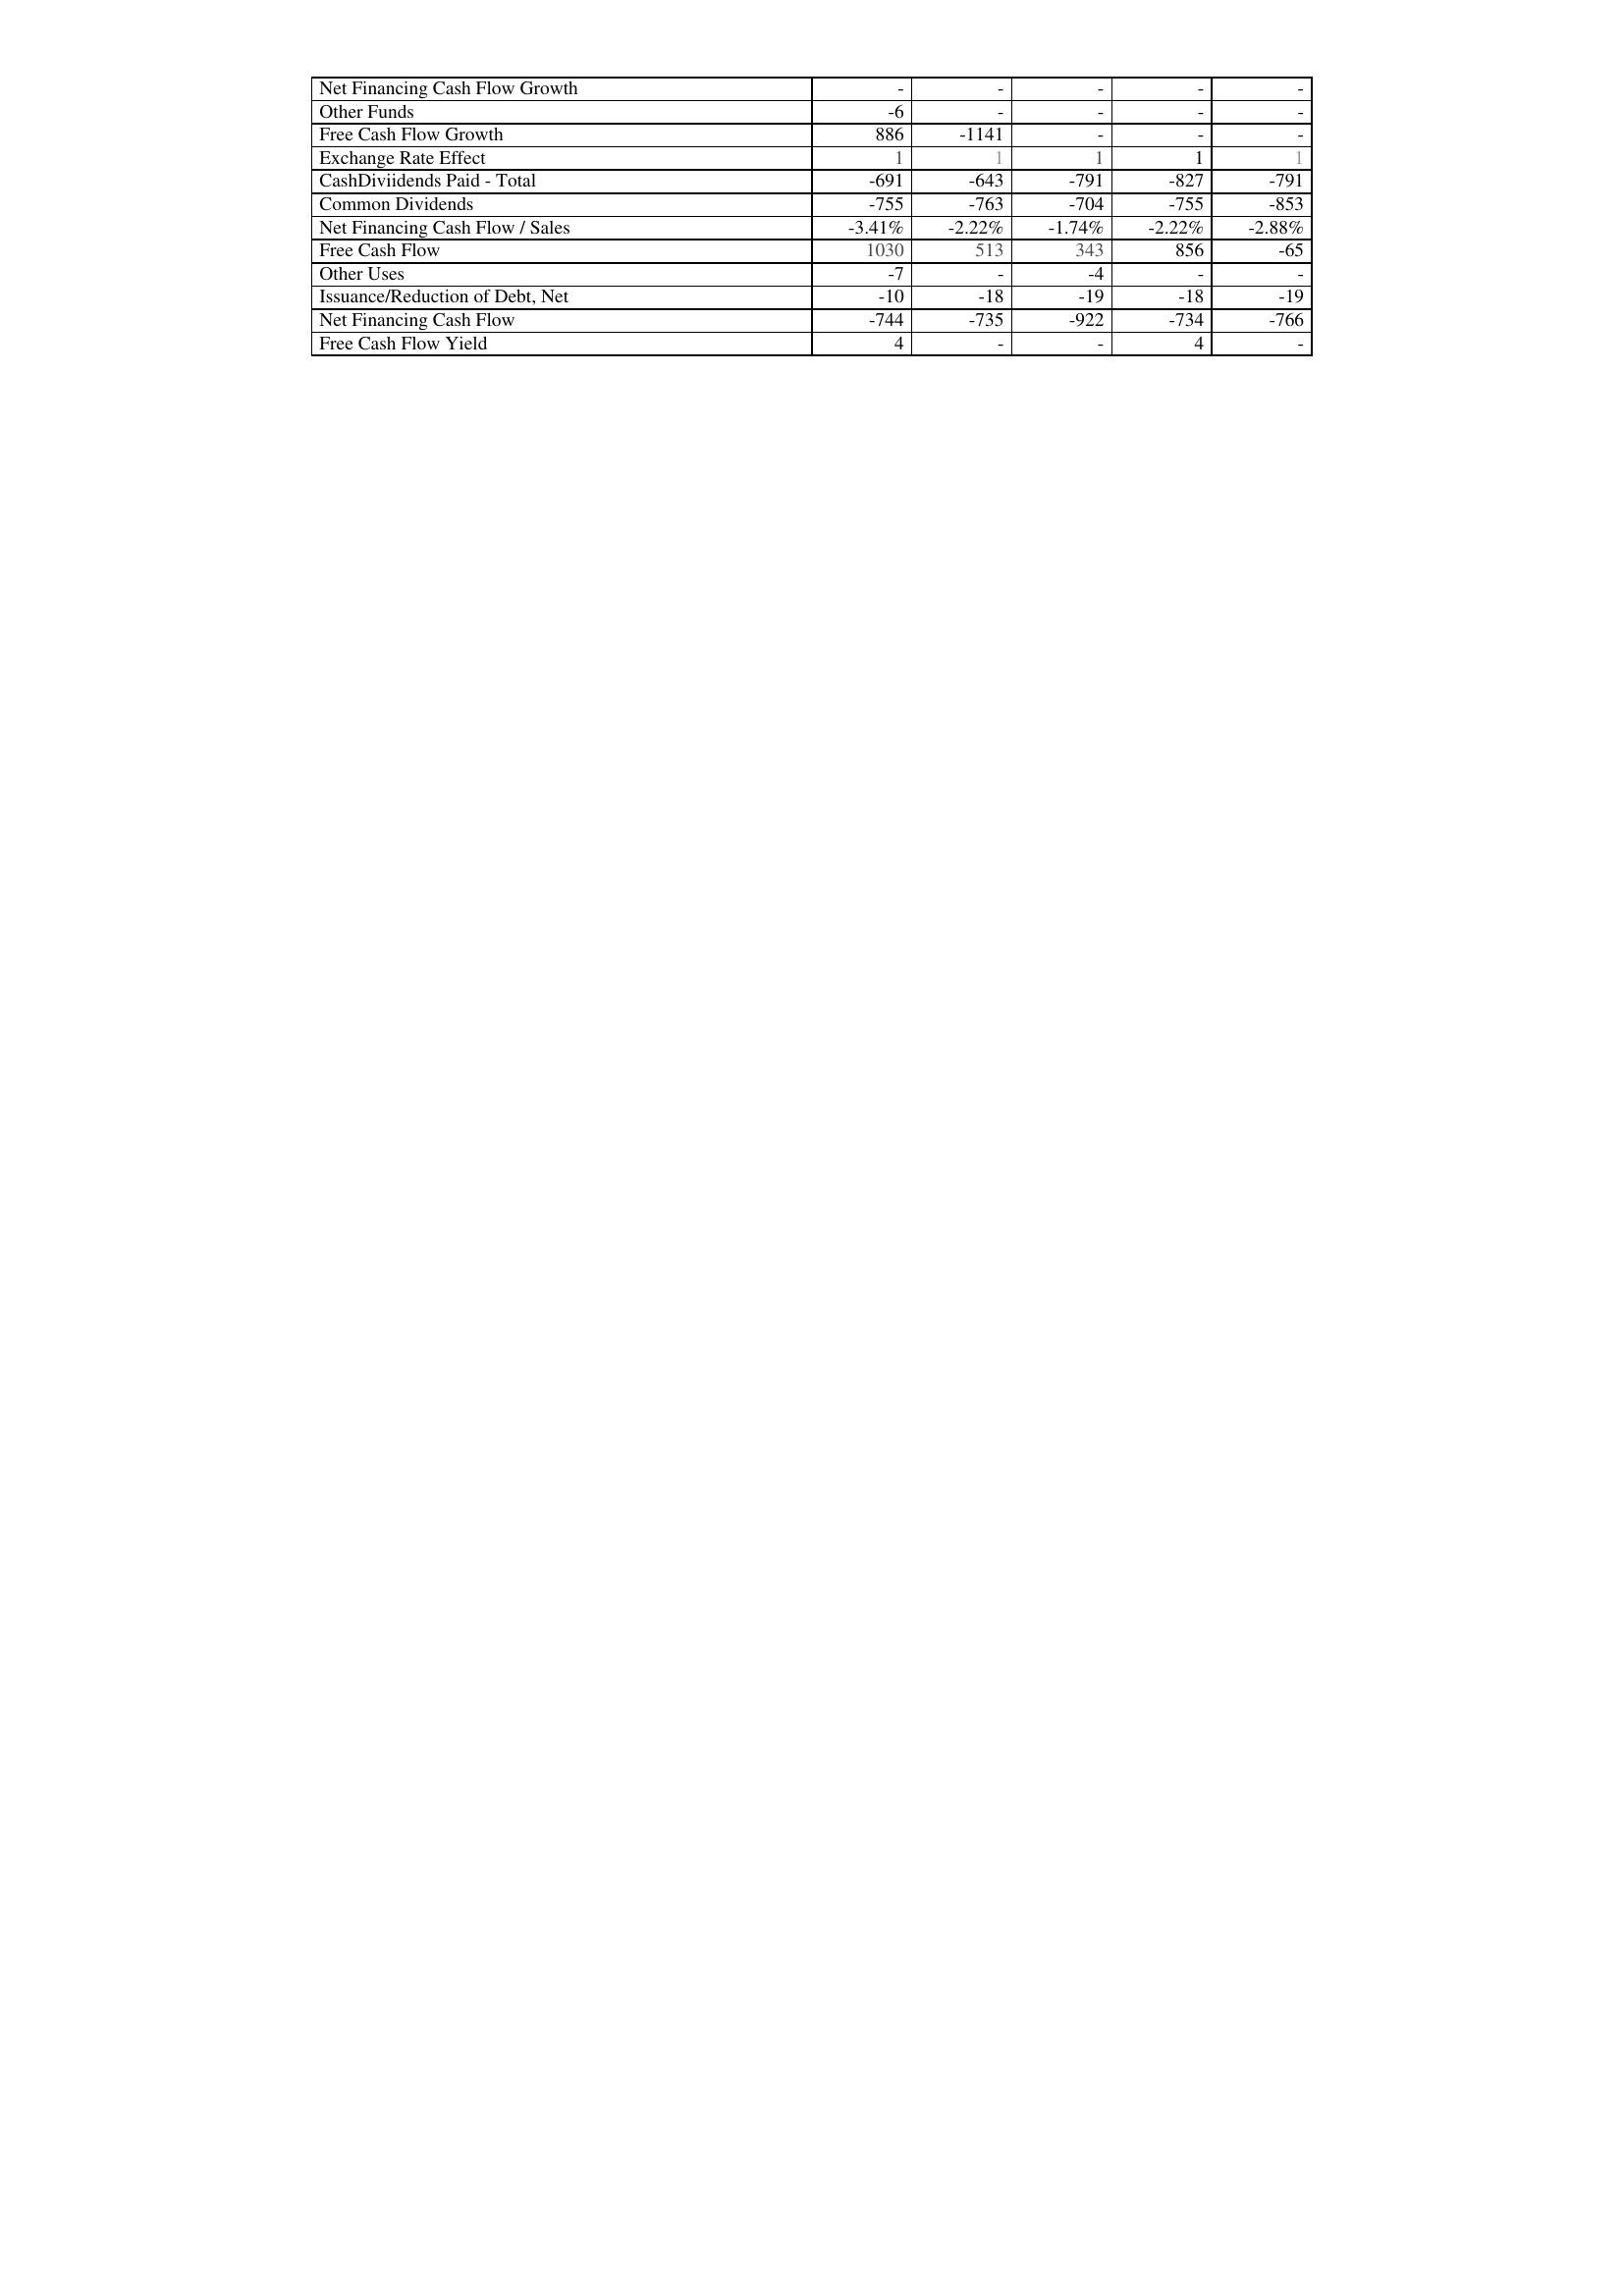
2006: Financing Activities: Net Financing Cash Flow Growth: -
Other Funds: -6
Free Cash Flow Growth: 886
Exchange Rate Effect: 1
CashDiviidends Paid - Total: -691
Common Dividends: -755
Net Financing Cash Flow / Sales: -3.41%
Free Cash Flow: 1030
Other Uses: -7
Issuance/Reduction of Debt, Net: -10
Net Financing Cash Flow: -744
Free Cash Flow Yield: 4
2007: Financing Activities: Net Financing Cash Flow Growth: -
Other Funds: -
Free Cash Flow Growth: -1141
Exchange Rate Effect: 1
CashDiviidends Paid - Total: -643
Common Dividends: -763
Net Financing Cash Flow / Sales: -2.22%
Free Cash Flow: 513
Other Uses: -
Issuance/Reduction of Debt, Net: -18
Net Financing Cash Flow: -735
Free Cash Flow Yield: -
2008: Financing Activities: Net Financing Cash Flow Growth: -
Other Funds: -
Free Cash Flow Growth: -
Exchange Rate Effect: 1
CashDiviidends Paid - Total: -791
Common Dividends: -704
Net Financing Cash Flow / Sales: -1.74%
Free Cash Flow: 343
Other Uses: -4
Issuance/Reduction of Debt, Net: -19
Net Financing Cash Flow: -922
Free Cash Flow Yield: -
2009: Financing Activities: Net Financing Cash Flow Growth: -
Other Funds: -
Free Cash Flow Growth: -
Exchange Rate Effect: 1
CashDiviidends Paid - Total: -827
Common Dividends: -755
Net Financing Cash Flow / Sales: -2.22%
Free Cash Flow: 856
Other Uses: -
Issuance/Reduction of Debt, Net: -18
Net Financing Cash Flow: -734
Free Cash Flow Yield: 4
2010: Financing Activities: Net Financing Cash Flow Growth: -
Other Funds: -
Free Cash Flow Growth: -
Exchange Rate Effect: 1
CashDiviidends Paid - Total: -791
Common Dividends: -853
Net Financing Cash Flow / Sales: -2.88%
Free Cash Flow: -65
Other Uses: -
Issuance/Reduction of Debt, Net: -19
Net Financing Cash Flow: -766
Free Cash Flow Yield: -